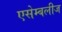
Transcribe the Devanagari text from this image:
एसेम्बलीज